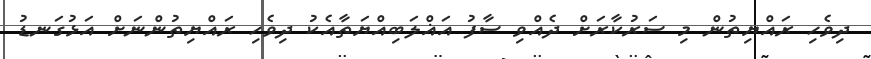
ދިވެހި ރައްޔިތުން މި ސަރުކާރަށް ދެއްވި ސާފު އަޣްލަބިއްޔަތާއެކު ދިވެހި ރައްޔިތުންނަށް އަޅުގަނޑު